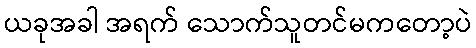
ယခုအခါ အရက် သောက်သူတင်မကတော့ပဲ